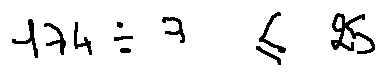
1 7 4 \div 7 \leq 2 5